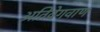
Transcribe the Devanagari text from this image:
अतिवेगवाण